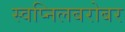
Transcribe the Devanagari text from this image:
स्वप्निलबरोबर